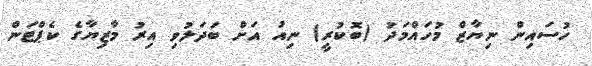
ހުސައިން ނިޔާޒް މުހައްމަދު (ބޮކުރީ) ނިއު އަށް ބަދަލުވި އިރު މާޒިޔާގެ ކެޕްޓަން